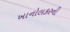
ખાનોલકરની